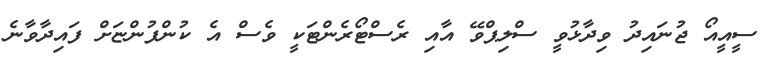
ސީއީއޯ ޖުނައިދު ވިދާޅުވީ ސްލިޕްވޭ އާއި ރެސްޓޯރެންޓަކީ ވެސް އެ ކުންފުންޏަށް ފައިދާވާނެ